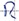
Text: R